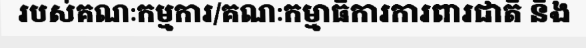
របស់គណៈកម្មការ/គណៈកម្មាធិការការពារជាតិ និង